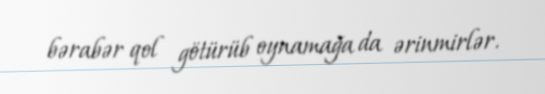
bərabər qol götürüb oynamağa da ərinmirlər.